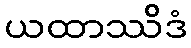
ယထာဿိဒံ